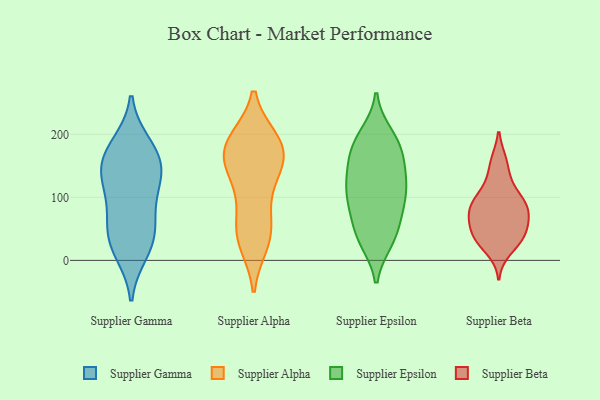
{"axis": {"x": "Tickets Resolved", "y": "Value"}, "legend": ["Supplier Alpha", "Supplier Beta", "Supplier Epsilon", "Supplier Gamma"], "data": [{"x": "", "y": 145, "type": "Supplier Gamma"}, {"x": "", "y": 183, "type": "Supplier Gamma"}, {"x": "", "y": 121, "type": "Supplier Gamma"}, {"x": "", "y": 14, "type": "Supplier Gamma"}, {"x": "", "y": 144, "type": "Supplier Gamma"}, {"x": "", "y": 28, "type": "Supplier Gamma"}, {"x": "", "y": 34, "type": "Supplier Gamma"}, {"x": "", "y": 175, "type": "Supplier Gamma"}, {"x": "", "y": 58, "type": "Supplier Gamma"}, {"x": "", "y": 112, "type": "Supplier Gamma"}, {"x": "", "y": 158, "type": "Supplier Gamma"}, {"x": "", "y": 72, "type": "Supplier Gamma"}, {"x": "", "y": 129, "type": "Supplier Alpha"}, {"x": "", "y": 47, "type": "Supplier Alpha"}, {"x": "", "y": 181, "type": "Supplier Alpha"}, {"x": "", "y": 190, "type": "Supplier Alpha"}, {"x": "", "y": 53, "type": "Supplier Alpha"}, {"x": "", "y": 161, "type": "Supplier Alpha"}, {"x": "", "y": 32, "type": "Supplier Alpha"}, {"x": "", "y": 180, "type": "Supplier Alpha"}, {"x": "", "y": 180, "type": "Supplier Alpha"}, {"x": "", "y": 138, "type": "Supplier Alpha"}, {"x": "", "y": 89, "type": "Supplier Alpha"}, {"x": "", "y": 149, "type": "Supplier Alpha"}, {"x": "", "y": 28, "type": "Supplier Alpha"}, {"x": "", "y": 190, "type": "Supplier Alpha"}, {"x": "", "y": 47, "type": "Supplier Epsilon"}, {"x": "", "y": 92, "type": "Supplier Epsilon"}, {"x": "", "y": 181, "type": "Supplier Epsilon"}, {"x": "", "y": 200, "type": "Supplier Epsilon"}, {"x": "", "y": 186, "type": "Supplier Epsilon"}, {"x": "", "y": 30, "type": "Supplier Epsilon"}, {"x": "", "y": 74, "type": "Supplier Epsilon"}, {"x": "", "y": 30, "type": "Supplier Epsilon"}, {"x": "", "y": 107, "type": "Supplier Epsilon"}, {"x": "", "y": 168, "type": "Supplier Epsilon"}, {"x": "", "y": 112, "type": "Supplier Epsilon"}, {"x": "", "y": 36, "type": "Supplier Epsilon"}, {"x": "", "y": 68, "type": "Supplier Epsilon"}, {"x": "", "y": 159, "type": "Supplier Epsilon"}, {"x": "", "y": 146, "type": "Supplier Epsilon"}, {"x": "", "y": 139, "type": "Supplier Epsilon"}, {"x": "", "y": 131, "type": "Supplier Epsilon"}, {"x": "", "y": 195, "type": "Supplier Epsilon"}, {"x": "", "y": 110, "type": "Supplier Epsilon"}, {"x": "", "y": 99, "type": "Supplier Epsilon"}, {"x": "", "y": 107, "type": "Supplier Beta"}, {"x": "", "y": 33, "type": "Supplier Beta"}, {"x": "", "y": 99, "type": "Supplier Beta"}, {"x": "", "y": 127, "type": "Supplier Beta"}, {"x": "", "y": 35, "type": "Supplier Beta"}, {"x": "", "y": 94, "type": "Supplier Beta"}, {"x": "", "y": 40, "type": "Supplier Beta"}, {"x": "", "y": 73, "type": "Supplier Beta"}, {"x": "", "y": 36, "type": "Supplier Beta"}, {"x": "", "y": 77, "type": "Supplier Beta"}, {"x": "", "y": 52, "type": "Supplier Beta"}, {"x": "", "y": 155, "type": "Supplier Beta"}, {"x": "", "y": 156, "type": "Supplier Beta"}, {"x": "", "y": 89, "type": "Supplier Beta"}, {"x": "", "y": 40, "type": "Supplier Beta"}, {"x": "", "y": 74, "type": "Supplier Beta"}, {"x": "", "y": 81, "type": "Supplier Beta"}, {"x": "", "y": 69, "type": "Supplier Beta"}, {"x": "", "y": 17, "type": "Supplier Beta"}]}